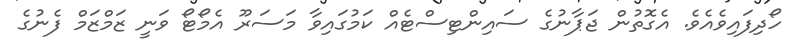
ހޯދިފައިވެއެވެ. އެގޮތުން ޖަޕާނުގެ ސައިންޓިސްޓެއް ކަމުގައިވާ މަސަރޫ އެމޯޓޯ ވަނީ ޒަމްޒަމް ފެނުގެ